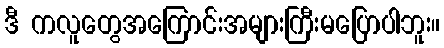
ဒီ ကလူတွေအကြောင်းအများကြီးမပြောပါဘူး။